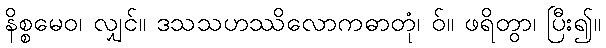
နိစ္စမေဝ၊ လျှင်။ ဒသသဟဿိလောကဓာတုံ၊ ဝ်။ ဖရိတွာ၊ ပြီး၍။